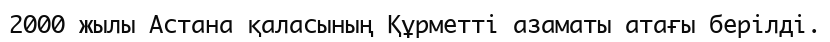
2000 жылы Астана қаласының Құрметті азаматы атағы берілді.